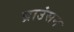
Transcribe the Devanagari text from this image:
ब्राउंसन